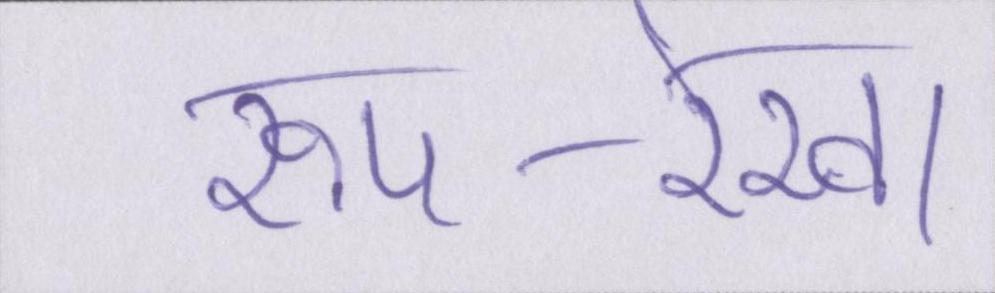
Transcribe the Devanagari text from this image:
रूप-रेखा